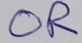
Text: OR